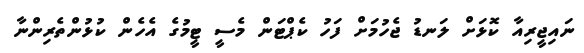
ނައިޖީރިއާ ކޮޅަށް ލަނޑު ޖެހުމަށް ފަހު ކެޕްޓަން މެސީ ޓީމުގެ އެހެން ކުޅުންތެރިންނާ